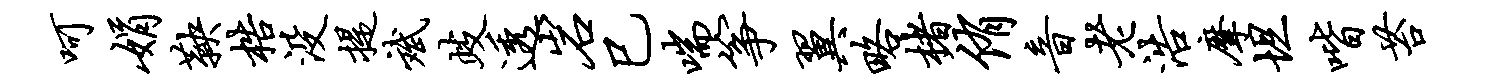
呵娟鞅梏没提斌歧透岩巳喘筝翼略楮侑音老浩摩坦喈苔